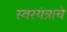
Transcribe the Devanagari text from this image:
स्वरयंत्राचे